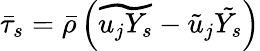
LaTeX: \bar{\tau}_{s}=\bar{\rho}\left(\widetilde{u_{j}Y_{s}}-\tilde{u}_{j}\tilde{Y_{s}}\right)